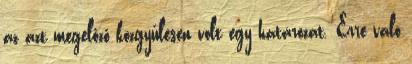
az azt megelőző közgyűlésen volt egy határozat. Erre való